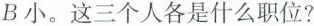
B小。这三个人各是什么职位?